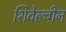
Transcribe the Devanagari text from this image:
शिवेल्बीन